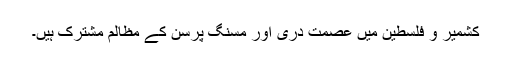
کشمیر و فلسطین میں عصمت دری اور مسنگ پرسن کے مظالم مشترک ہیں۔